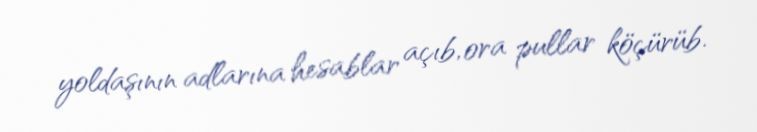
yoldaşının adlarına hesablar açıb, ora pullar köçürüb.